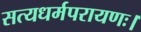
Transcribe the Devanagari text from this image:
सत्यधर्मपरायणः।